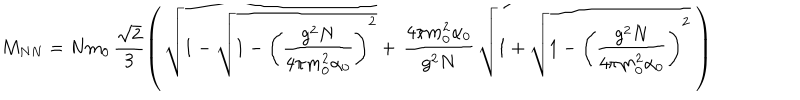
M _ { N N } = N m _ { 0 } \, \frac { \sqrt { 2 } } { 3 } \left( \, \sqrt { 1 - \sqrt { 1 - \left( \frac { g ^ { 2 } N } { 4 \pi m _ { 0 } ^ { 2 } \alpha _ { 0 } } \right) ^ { 2 } } } + \, \frac { 4 \pi m _ { 0 } ^ { 2 } \alpha _ { 0 } } { g ^ { 2 } N } \, \sqrt { 1 + \sqrt { 1 - \left( \frac { g ^ { 2 } N } { 4 \pi m _ { 0 } ^ { 2 } \alpha _ { 0 } } \right) ^ { 2 } } } \; \right)